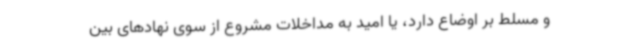
و مسلط بر اوضاع دارد، یا امید به مداخلات مشروع از سوی نهادهای بین